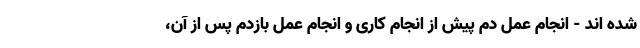
شده اند - انجام عمل دم پیش از انجام کاری و انجام عمل بازدم پس از آن،